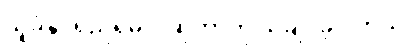
သူခံနိုင်ရည်ရှိမလဲဆိုတာကို သိချင်ခဲ့ပါတယ်။